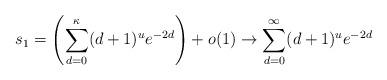
LaTeX: \begin{align*}s_1=\left(\sum_{d=0}^\kappa (d+1)^ue^{-2d}\right)+o(1)\rightarrow \sum_{d=0}^\infty (d+1)^u e^{-2d}\end{align*}